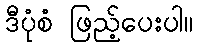
ဒီပုံစံ ဖြည့်ပေးပါ။